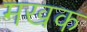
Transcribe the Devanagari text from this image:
मखक